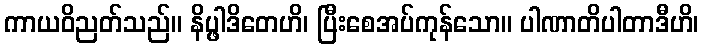
ကာယဝိညတ်သည်။ နိပ္ဖါဒိတေဟိ၊ ပြီးစေအပ်ကုန်သော။ ပါဏာတိပါတာဒီဟိ၊